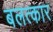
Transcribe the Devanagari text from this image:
बलत्कार